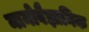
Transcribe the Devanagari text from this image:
मानोवैज्ञानिक